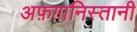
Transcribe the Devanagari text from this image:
अफ़ग़ानिस्तानी